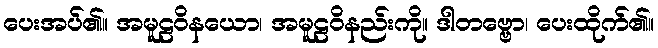
ပေးအပ်၏။ အမူဠဝိနယော၊ အမူဠဝိနည်းကို။ ဒါတဗ္ဗော၊ ပေးထိုက်၏။